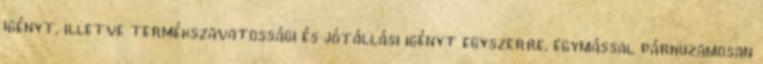
igényt, illetve termékszavatossági és jótállási igényt egyszerre, egymással párhuzamosan